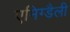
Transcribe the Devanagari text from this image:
एमिग्डैली